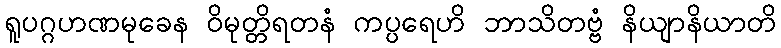
ရူပဂ္ဂဟဏမုခေန ဝိမုတ္တိရတနံ ကပ္ပရေဟိ ဘာသိတဗ္ဗံ နိယျာနိယာတိ